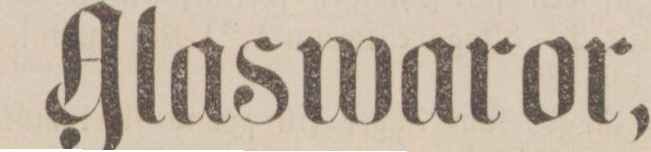
Glaswaror,